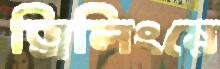
ড্রিলিংয়ে